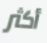
أكثر